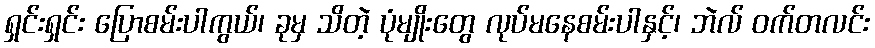
ရှင်းရှင်း ပြောစမ်းပါကွယ်၊ ခုမှ သိတဲ့ ပုံမျိုးတွေ လုပ်မနေစမ်းပါနှင့်၊ ဘဲလ် ဝက်တလင်း